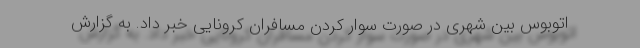
اتوبوس بین شهری در صورت سوار کردن مسافران کرونایی‌ خبر داد. به گزارش